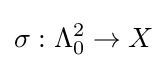
\sigma :\Lambda _{0}^{2}\to X